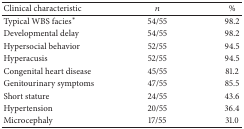
<table><thead><tr><td><b>Clinical characteristic</b></td><td><b><i>n</i></b></td><td><b>%</b></td></tr></thead><tbody><tr><td>Typical WBS facies<sup>*</sup></td><td>54/55</td><td>98.2</td></tr><tr><td>Developmental delay</td><td>54/55</td><td>98.2</td></tr><tr><td>Hypersocial behavior</td><td>52/55</td><td>94.5</td></tr><tr><td>Hyperacusis</td><td>52/55</td><td>94.5</td></tr><tr><td>Congenital heart disease</td><td>45/55</td><td>81.2</td></tr><tr><td>Genitourinary symptoms</td><td>47/55</td><td>85.5</td></tr><tr><td>Short stature</td><td>24/55</td><td>43.6</td></tr><tr><td>Hypertension</td><td>20/55</td><td>36.4</td></tr><tr><td>Microcephaly</td><td>17/55</td><td>31.0</td></tr></tbody></table>